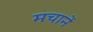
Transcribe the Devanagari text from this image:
मचानें